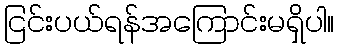
ငြင်းပယ်ရန်အကြောင်းမရှိပါ။